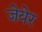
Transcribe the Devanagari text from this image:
जेयेर